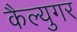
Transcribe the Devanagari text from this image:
कैल्युगर